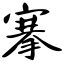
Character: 搴